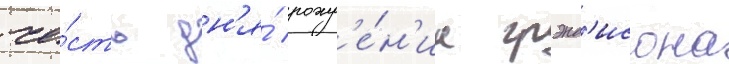
че́сть дн'я́ рожд'е́н'иа грэнд'исона